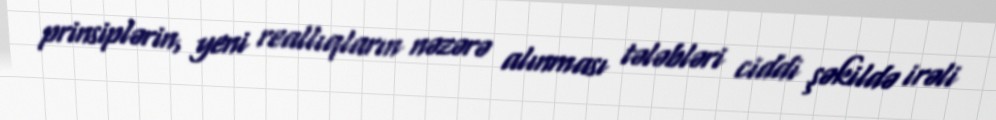
prinsiplərin, yeni reallıqların nəzərə alınması tələbləri ciddi şəkildə irəli